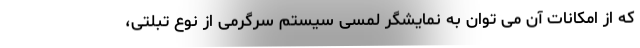
که از امکانات آن می توان به نمایشگر لمسی سیستم سرگرمی از نوع تبلتی،